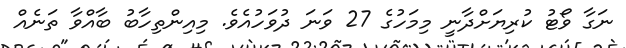
ނަގާ ވޯޓު ކުރިޔަށްދާނީ މިމަހުގެ 27 ވަނަ ދުވަހުއެވެ. މިއިންތިހާބު ބާއްވާ ތަނެއް